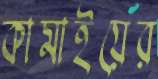
কামাইয়ের